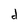
Character: d